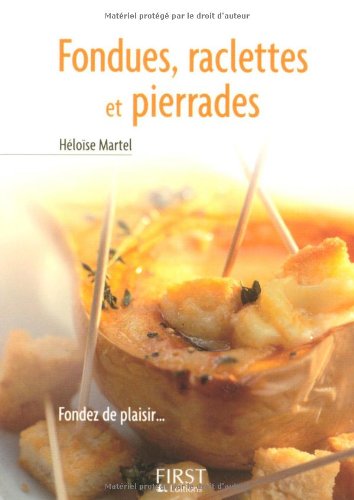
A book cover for Le Petit Livre De: Fondues, Raclettes ET Pierrades (French Edition); Cookbooks, Food & Wine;